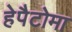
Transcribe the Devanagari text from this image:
हेपैटोमा